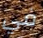
في